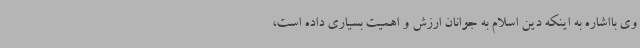
وی بااشاره به اینکه دین اسلام به جوانان ارزش و اهمیت بسیاری داده است‌،